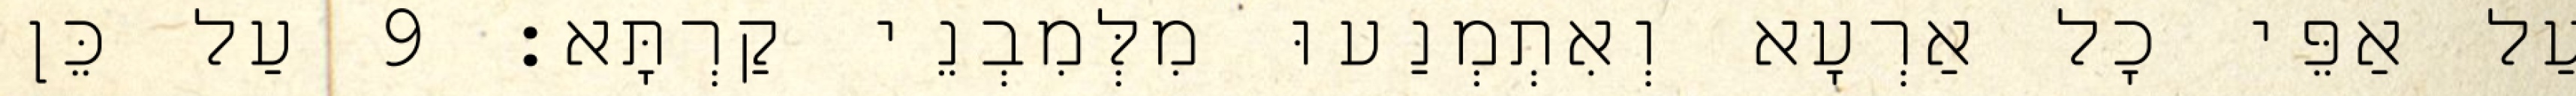
עַל אַפֵּי כָל אַרְעָא וְאִתְמְנַעוּ מִלְּמִבְנֵי קַרְתָּא׃ 9 עַל כֵּן